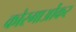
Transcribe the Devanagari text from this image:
कोरगाओंकर